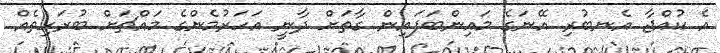
އެ ކުއްޖާ އެނބުރި އޭނަގެ މައިންބަފައިން ގާތަށް ދާނީ އަހަރުމެންގެ މައްޗަށް ބުރަހިތެއް